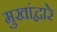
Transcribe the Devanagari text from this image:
मुखांद्वारे